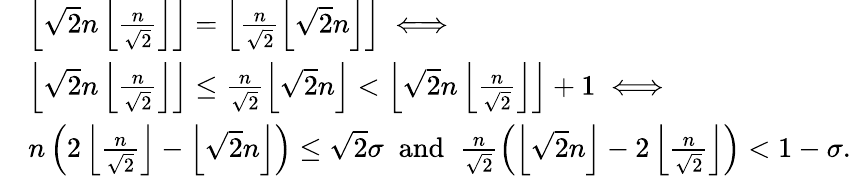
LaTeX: \begin{array}{rl}&{\left\lfloor\sqrt{2}n\left\lfloor\frac{n}{\sqrt{2}}\right\rfloor\right\rfloor=\left\lfloor\frac{n}{\sqrt{2}}\left\lfloor\sqrt{2}n\right\rfloor\right\rfloor\iff}\\ &{\left\lfloor\sqrt{2}n\left\lfloor\frac{n}{\sqrt{2}}\right\rfloor\right\rfloor\leq\frac{n}{\sqrt{2}}\left\lfloor\sqrt{2}n\right\rfloor<\left\lfloor\sqrt{2}n\left\lfloor\frac{n}{\sqrt{2}}\right\rfloor\right\rfloor+1\iff}\\ &{n\left(2\left\lfloor\frac{n}{\sqrt{2}}\right\rfloor-\left\lfloor\sqrt{2}n\right\rfloor\right)\leq\sqrt{2}\sigma\; \mathrm{~and~}\; \frac{n}{\sqrt{2}}\left(\left\lfloor\sqrt{2}n\right\rfloor-2\left\lfloor\frac{n}{\sqrt{2}}\right\rfloor\right)<1-\sigma.}\end{array}